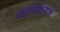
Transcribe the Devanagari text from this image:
शयनप्रांगण